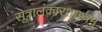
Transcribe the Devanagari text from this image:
सूत्रालंकारशास्त्रम्